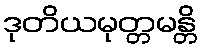
ဒုတိယမုတ္တမန္တိ